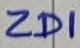
Text: ZD1